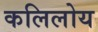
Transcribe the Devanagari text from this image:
कलिलोय